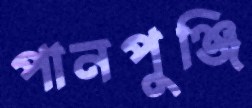
পানপুঞ্জি